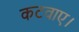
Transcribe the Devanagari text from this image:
कटवाए।